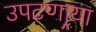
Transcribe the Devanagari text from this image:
उपटणार्‍या